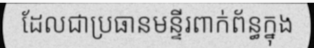
ដែលជាប្រធានមន្ទីរពាក់ព័ន្ធក្នុង